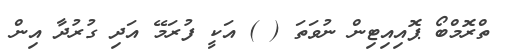
ތްރޮމްބޯ ޕޮއިއިޓިން ނުވަތަ ( ) އަކީ ފުރަމޭ އަދި ގުރުދާ އިން